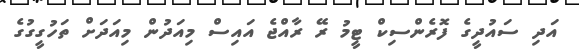
އަދި ސައުދީގެ ފޮރެންސިކް ޓީމު ރޭ ރާއްޖެ އައިސް މިއަދުން މިއަދަށް ތަހުގީގުގެ